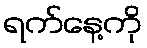
ရက်နေ့ကို